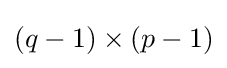
(q-1)\times (p-1)